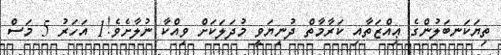
ތިޔަކަނބަލުންގެ ޢިއްޒަތާއި ކަރާމާތް ދުނިޔަވީ މުދަލަކަށް ވިއްކާ ނުލާށެވެ!1 އަހަރު 5 މަސް